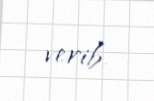
verib.